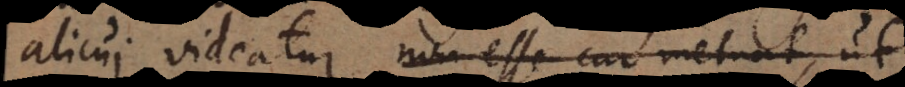
alicui videatur, non esse cur metuat,